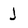
Character: j